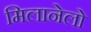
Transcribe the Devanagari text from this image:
मिलानेलो